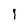
Character: I